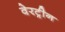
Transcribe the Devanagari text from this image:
वेरट्रीन